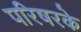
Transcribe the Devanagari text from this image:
परिषरके